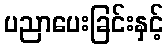
ပညာပေးခြင်းနှင့်